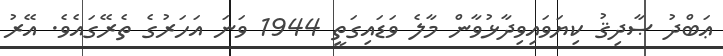
ޢަބްދު ޞާދިޤު ކިޔަވައިވިދާޅުވާން މާލެ ވަޑައިގަތީ 1944 ވަނަ އަހަރުގެ ތެރޭގައެވެ. އޭރު